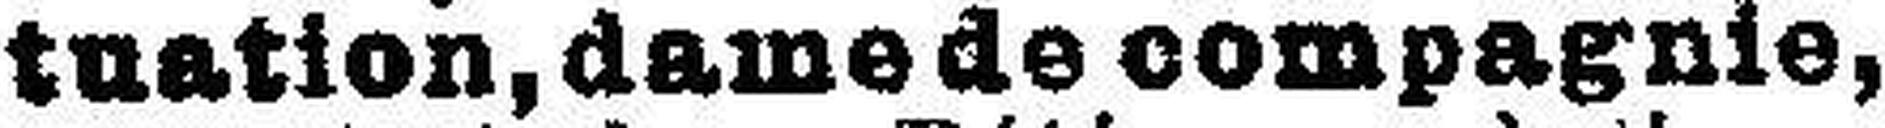
tuation, demedecompagnie,